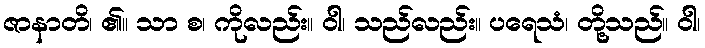
ဇာနာတိ၊ ၏။ သာ စ၊ ကိုလည်း။ ဝါ၊ သည်လည်း။ ပရေသံ၊ တို့သည်။ ဝါ၊